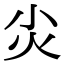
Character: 𡭞